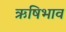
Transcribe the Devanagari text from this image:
ऋषिभाव